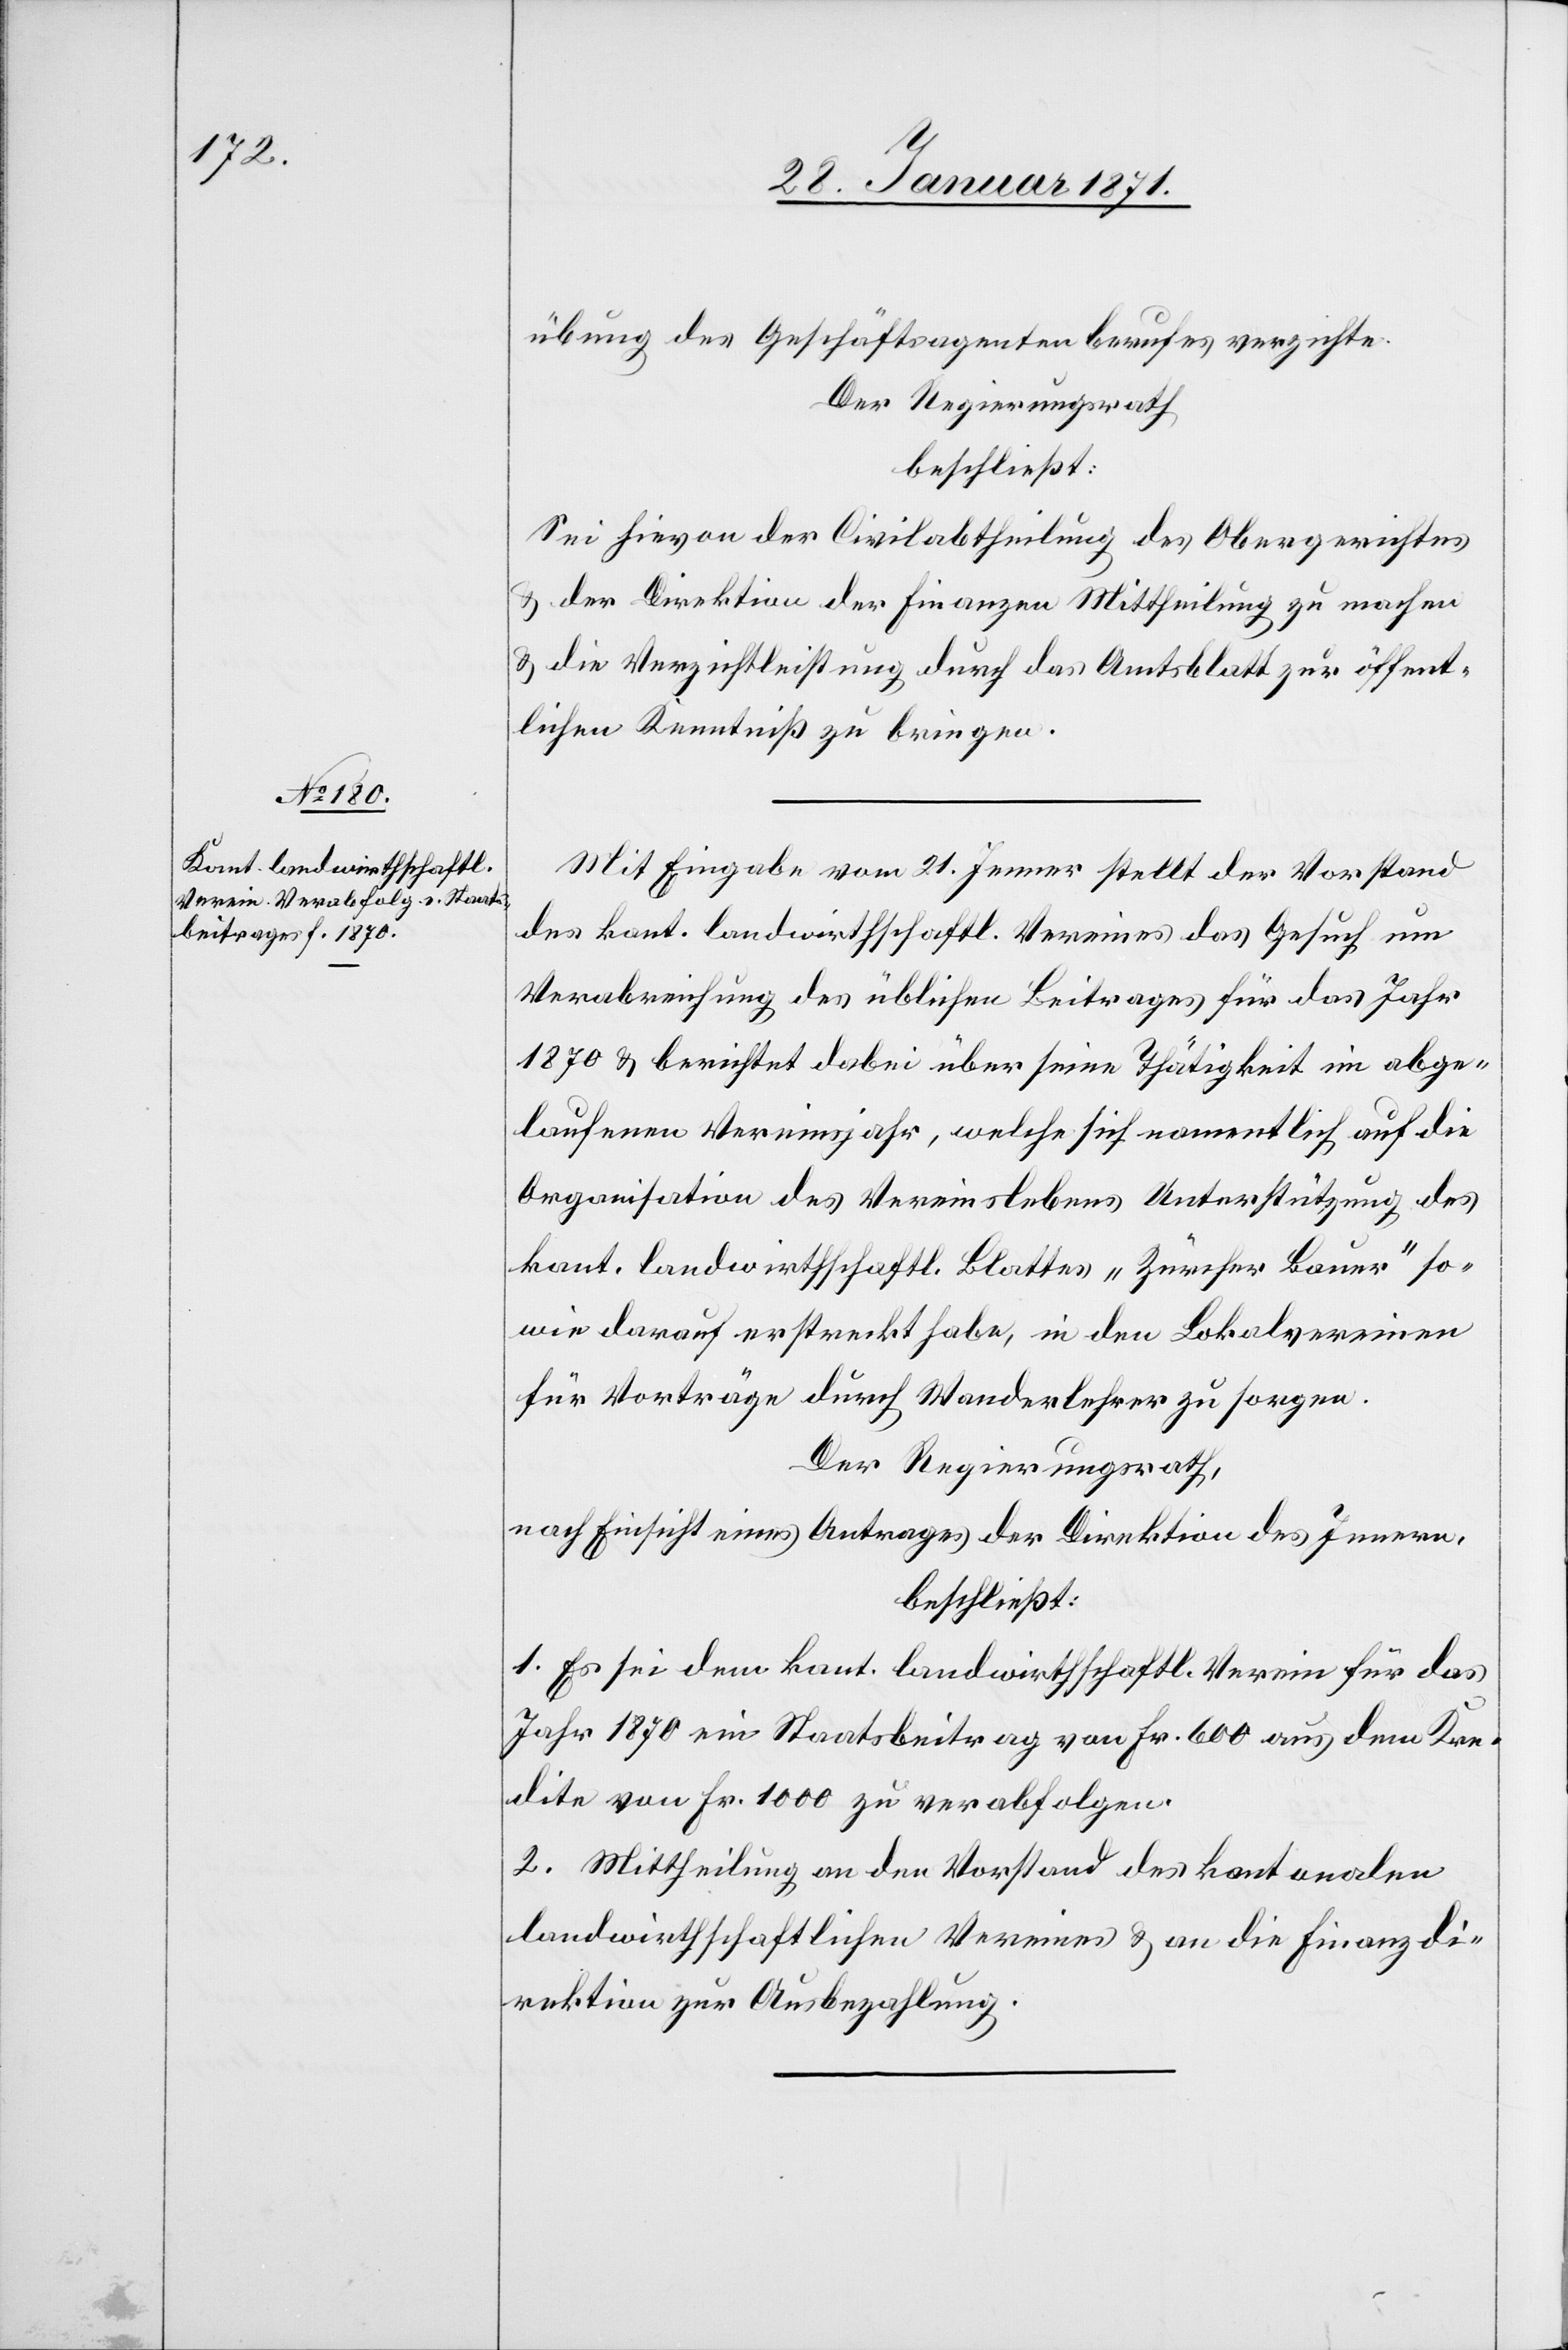
übung des Geschäftsagentenberufes verzichte.
Der Regierungsrath
beschließt:
Sei hievon der Civilabtheilung des Obergerichtes
u. der Direktion der Finanzen Mittheilung zu machen
u. die Verzichtleistung durch das Amtsblatt zur öffent¬
lichen Kenntniß zu bringen.
Mit Eingabe vom 21. Jenner stellt der Vorstand
des kant. landwirthschaftl. Vereines das Gesuch um
Verabreichung des üblichen Beitrages für das Jahr
1870 u. berichtet dabei über seine Thätigkeit im abge¬
laufenen Vereinsjahr, welche sich namentlich auf die
Organisation des Vereinslebens Unterstützung des
kant. landwirthschaftl. Blattes „Zürcher Bauer“ so¬
wie darauf erstreckt habe, in den Lokalvereinen
für Vorträge durch Wanderlehrer zu sorgen.
Der Regierungsrath,
nach Einsicht eines Antrages der Direktion des Innern,
beschließt:
1. Es sei dem kant. landwirthschaftl. Verein für das
Jahr 1870 ein Staatsbeitrag von Fr. 600 aus dem Kre¬
dite von Fr. 1000 zu verabfolgen.
2. Mittheilung an den Vorstand des kantonalen
landwirthschaftlichen Vereins u. an die Finanzdi¬
rektion zur Ausbezahlung.